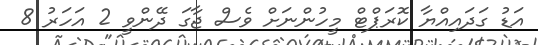
އަޑު ގަދައިއްޔާ ކޮރަޕްޓް މީހުންނަށް ވެސް ޖާގަ ދޭންވީ 2 އަހަރު 8